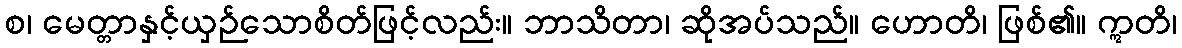
စ၊ မေတ္တာနှင့်ယှဉ်သောစိတ်ဖြင့်လည်း။ ဘာသိတာ၊ ဆိုအပ်သည်။ ဟောတိ၊ ဖြစ်၏။ ဣတိ၊